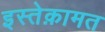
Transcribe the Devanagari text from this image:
इस्तेक़ामत